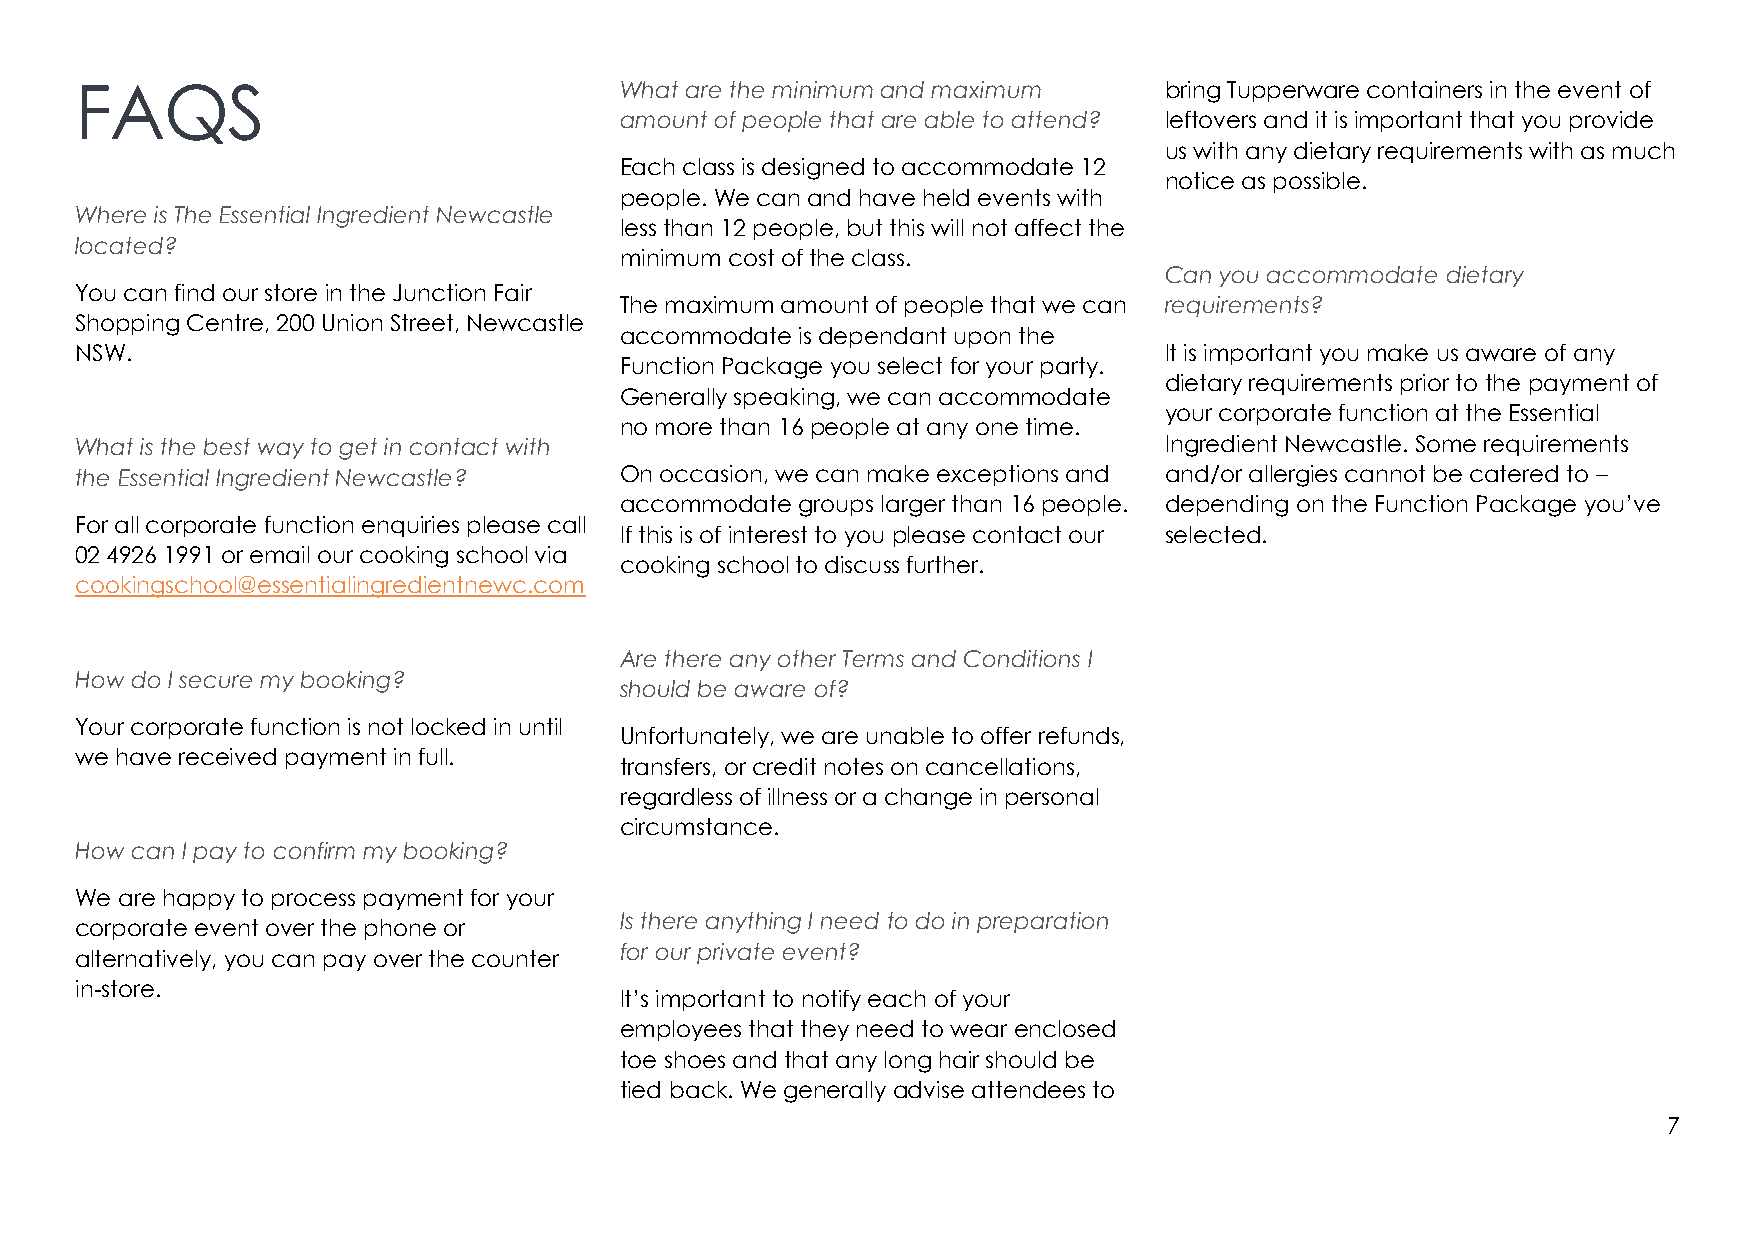
FAQS                                What are the minimum and maximum    bring Tupperware containers in the event of
 amount of people that are able to attend? leftovers and it is important that you provide
 us with any dietary requirements with as much
 Each class is designed to accommodate 12
 notice as possible.
 people. We can and have held events with
 Where is The Essential Ingredient Newcastle
 less than 12 people, but this will not affect the
 located?
 minimum cost of the class.
 Can you accommodate dietary
 You can find our store in the Junction Fair
 The maximum amount of people that we can requirements?
 Shopping Centre, 200 Union Street, Newcastle
 accommodate is dependant upon the
 NSW.                                                                    It is important you make us aware of any
 Function Package you select for your party.
 dietary requirements prior to the payment of
 Generally speaking, we can accommodate
 your corporate function at the Essential
 no more than 16 people at any one time.
 What is the best way to get in contact with                             Ingredient Newcastle. Some requirements
 the Essential Ingredient Newcastle? On occasion, we can make exceptions and and/or allergies cannot be catered to –
 accommodate groups larger than 16 people. depending on the Function Package you’ve
 For all corporate function enquiries please call
 If this is of interest to you please contact our selected.
 02 4926 1991 or email our cooking school via
 cooking school to discuss further.
 cookingschool@essentialingredientnewc.com
 Are there any other Terms and Conditions I
 How do I secure my booking?
 should be aware of?
 Your corporate function is not locked in until
 Unfortunately, we are unable to offer refunds,
 we have received payment in full.
 transfers, or credit notes on cancellations,
 regardless of illness or a change in personal
 circumstance.
 How can I pay to confirm my booking?
 We are happy to process payment for your
 Is there anything I need to do in preparation
 corporate event over the phone or
 alternatively, you can pay over the counter
 for our private event?
 in-store.
 It’s important to notify each of your
 employees that they need to wear enclosed
 toe shoes and that any long hair should be
 tied back. We generally advise attendees to
 7